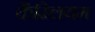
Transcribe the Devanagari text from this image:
कैस्लियम